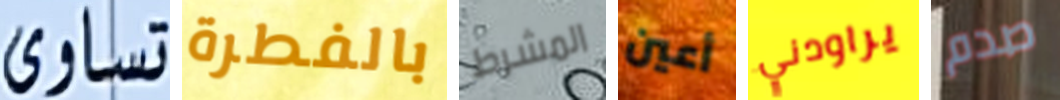
تساوى بالفطرة المشرط أعين يراودني صدم